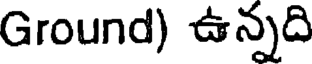
Ground) ఉన్నది